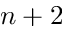
n + 2